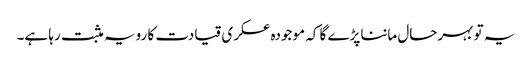
یہ تو بہرحال ماننا پڑے گا کہ موجودہ عسکری قیادت کا رویہ مثبت رہا ہے۔